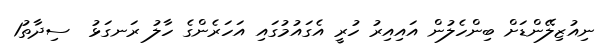
ނިއުޒިލޭންޑަށް ބިންހެލުން އައިއިރު ހުރީ އެގައުމުގައި އަހަރެންގެ ހާލު ރަނގަޅު  ސިދާތު1